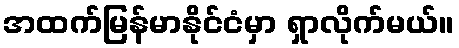
အထက်မြန်မာနိုင်ငံမှာ ရှာလိုက်မယ်။